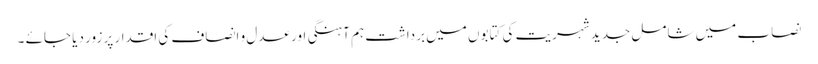
نصاب میں شامل جدید شہریت کی کتابوں میں برداشت ہم آہنگی اور عدل و انصاف کی اقدار پر زور دیا جائے ۔